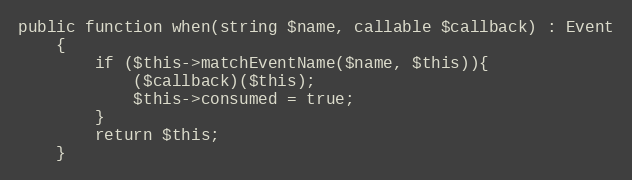
Language: PHP
public function when(string $name, callable $callback) : Event
    {
        if ($this->matchEventName($name, $this)){
            ($callback)($this);
            $this->consumed = true;
        }
        return $this;
    }